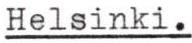
Helsinki.